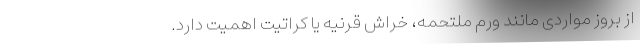
از بروز مواردی مانند ورم ملتحمه، خراش قرنیه یا کراتیت اهمیت دارد.